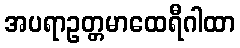
အပရာဥတ္တမာထေရီဂါထာ